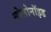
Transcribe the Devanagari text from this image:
सोलोनॉइड